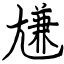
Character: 尲